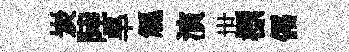
炭陸旱觚演世標儒